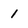
Character: 1